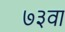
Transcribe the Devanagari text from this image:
७३वा